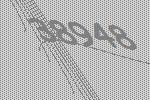
38948